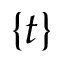
\{ t \}